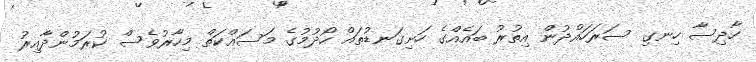
ހާދިސާ ހިނގި ސަރަހައްދުން އިތުރު ބައެއްގެ ހަށިގަނޑުތައް ހޯދުމުގެ މަސައްކަތް މިހާރުވެސް ކުރަމުންދާއިރު